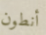
أنطون